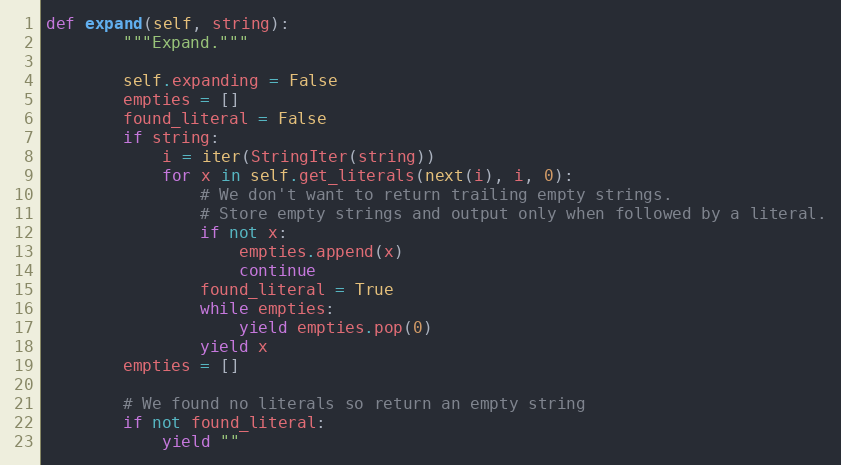
Language: Python
def expand(self, string):
        """Expand."""

        self.expanding = False
        empties = []
        found_literal = False
        if string:
            i = iter(StringIter(string))
            for x in self.get_literals(next(i), i, 0):
                # We don't want to return trailing empty strings.
                # Store empty strings and output only when followed by a literal.
                if not x:
                    empties.append(x)
                    continue
                found_literal = True
                while empties:
                    yield empties.pop(0)
                yield x
        empties = []

        # We found no literals so return an empty string
        if not found_literal:
            yield ""